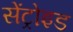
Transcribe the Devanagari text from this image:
सेंट्रोइड